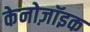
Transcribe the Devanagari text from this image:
केनोज़ॉइक